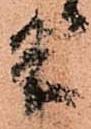
条